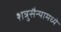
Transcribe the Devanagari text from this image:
शत्रुसैन्यामध्ये